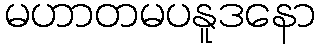
မဟာတမပနူဒနော